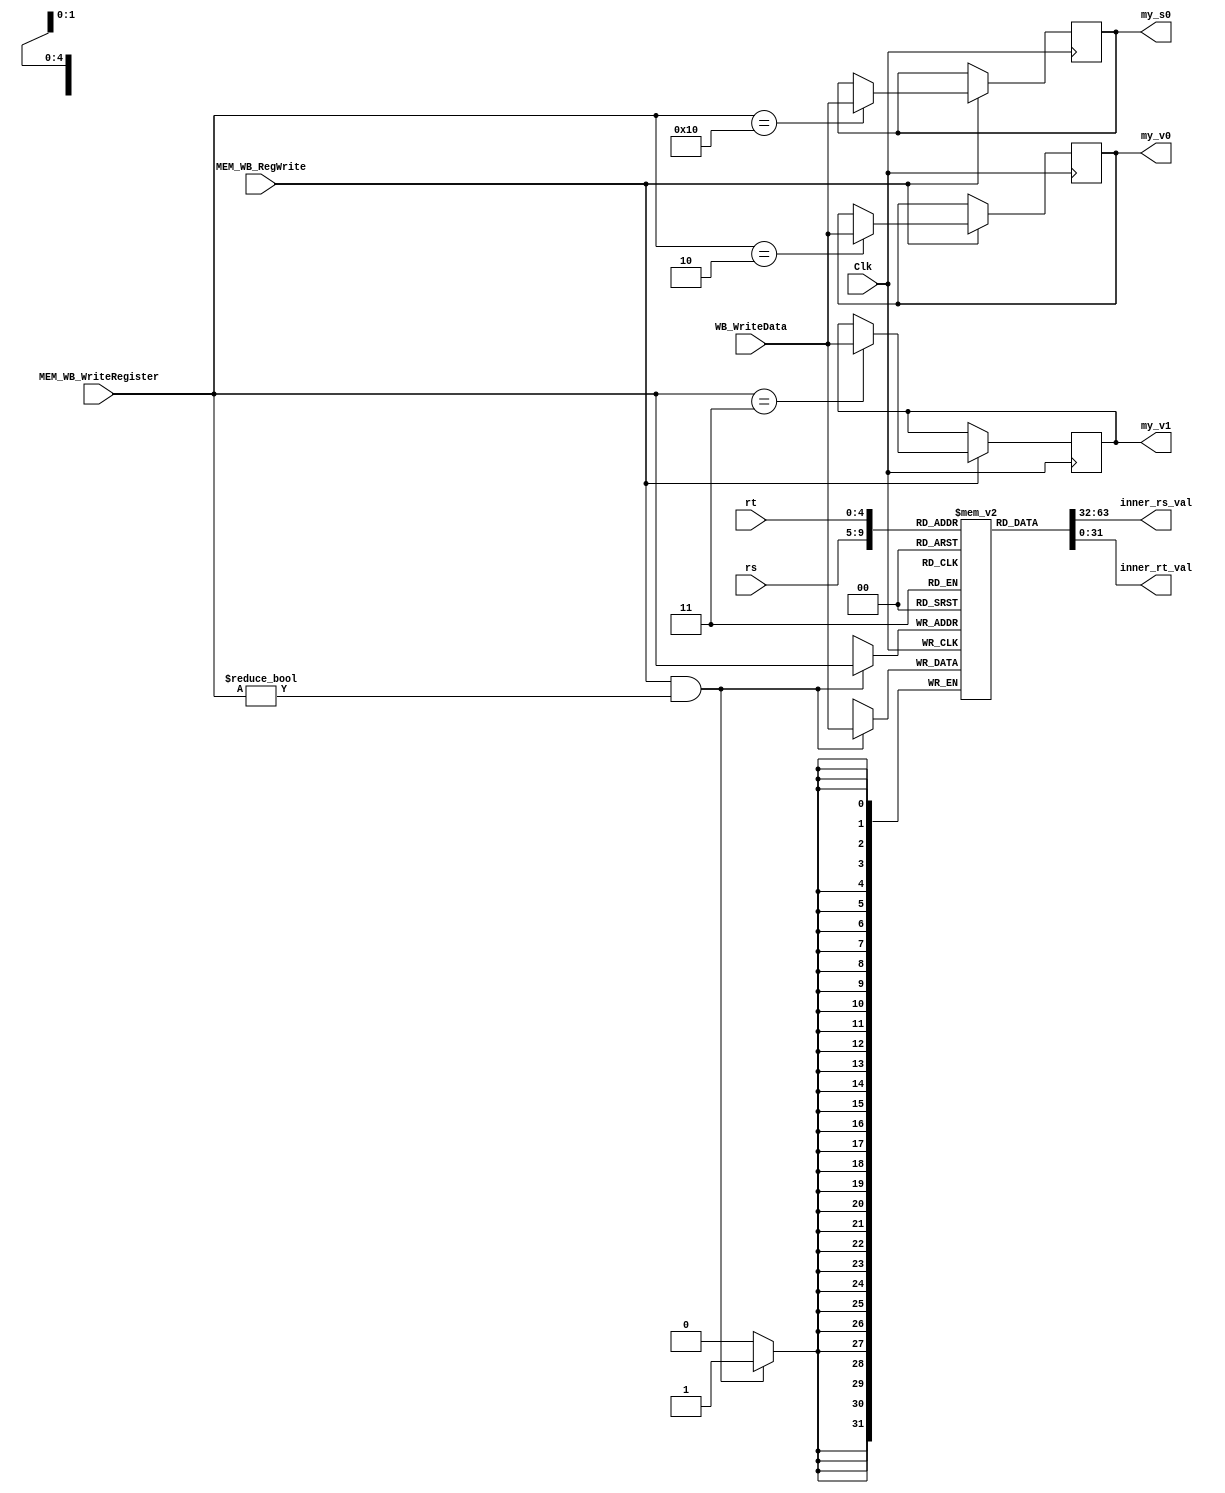
`timescale 1ns / 1ps
`default_nettype none

module RegisterFile(rs, rt, MEM_WB_WriteRegister, WB_WriteData, MEM_WB_RegWrite,
                    Clk, inner_rs_val, inner_rt_val,
                    
                    my_v0, my_v1, my_s0);

	/* Please fill in the implementation here... */
	input [4:0] rs, rt, MEM_WB_WriteRegister; 
	input [31:0] WB_WriteData; 
	input wire MEM_WB_RegWrite, Clk;
	 
	reg [31:0] regFile [31:0]; 
	
	
	output wire [31:0] inner_rs_val, inner_rt_val;
	output reg [31:0] my_v0, my_v1, my_s0; 
	
    always@(posedge Clk) begin
	   if(MEM_WB_RegWrite && (MEM_WB_WriteRegister != 5'b0)) begin
	       regFile[MEM_WB_WriteRegister] <= WB_WriteData; 
	   end
	end
	
	initial begin
	   regFile[0] = 32'b0;
	end
	
	assign inner_rs_val = regFile[rs]; 
	assign inner_rt_val = regFile[rt]; 
	
	always@(posedge Clk) begin
	   if(MEM_WB_RegWrite) begin
	       if(MEM_WB_WriteRegister == 5'd2) 
	           my_v0 <= WB_WriteData; 
	       if(MEM_WB_WriteRegister == 5'd3) 
	           my_v1 <= WB_WriteData; 
	       if(MEM_WB_WriteRegister == 5'd16) 
	           my_s0 <= WB_WriteData; 
	   end
	end

endmodule